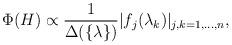
LaTeX: \begin{align*}\Phi(H)\propto \frac{1}{\Delta(\{\lambda\})}|f_j(\lambda_k)|_{j,k=1,...,n},\end{align*}